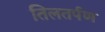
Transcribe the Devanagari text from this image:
तिलतर्पण